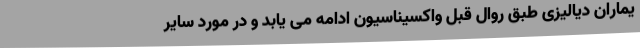
یماران دیالیزی طبق روال قبل واکسیناسیون ادامه می یابد و در مورد سایر